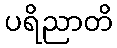
ပရိညာတိ